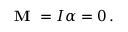
{ \textbf { M } } = I \alpha = 0 \, .